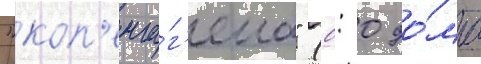
"коп'енга́г'ена" (0: 0 до́ма